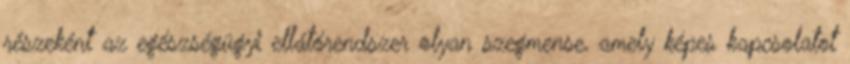
részeként az egészségügyi ellátórendszer olyan szegmense, amely képes kapcsolatot